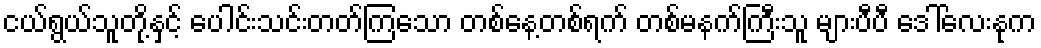
ငယ်ရွယ်သူတို့နှင့် ပေါင်းသင်းတတ်ကြသော တစ်နေ့တစ်ရက် တစ်မနက်ကြီးသူ များပီပီ ဒေါ်လေးနုက